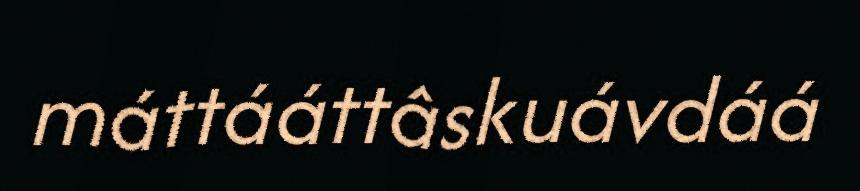
máttááttâskuávdáá